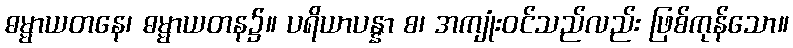
ဓမ္မာယတနေ၊ ဓမ္မာယတန၌။ ပရိယာပန္နာ စ၊ အကျုံးဝင်သည်လည်း ဖြစ်ကုန်သော။